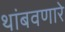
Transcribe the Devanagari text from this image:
थांबवणारे